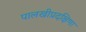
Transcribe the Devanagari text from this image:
पालखीप्रदक्षिणा